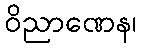
ဝိညာဏေန၊